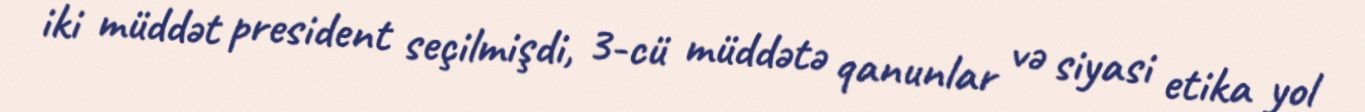
iki müddət president seçilmişdi, 3-cü müddətə qanunlar və siyasi etika yol